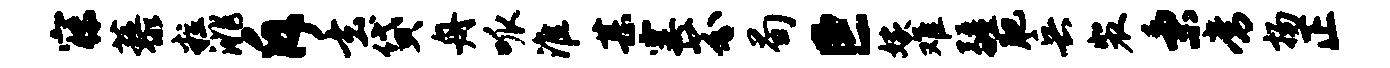
寐藜粒洮斥玄贷舟呱淮甚霎芬荀巨嫁难疆肥兵裴秉常扬正